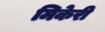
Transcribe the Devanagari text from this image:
मिकेरी